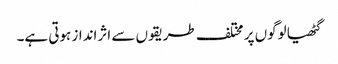
گٹھیا لوگوں پر مختلف طریقوں سے اثرانداز ہوتی ہے۔